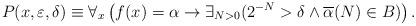
LaTeX: \begin{align*} P(x,\varepsilon,\delta)\equiv\forall_x\left(f(x)=\alpha\rightarrow\exists_{N>0}(2^{-N}>\delta\wedge\overline{\alpha}(N)\in B)\right). \end{align*}